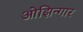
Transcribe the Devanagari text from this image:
ओझिन्गार